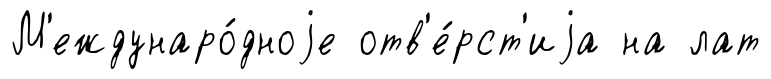
М'еждунаро́дноjе отв'е́рст'иjа на лат